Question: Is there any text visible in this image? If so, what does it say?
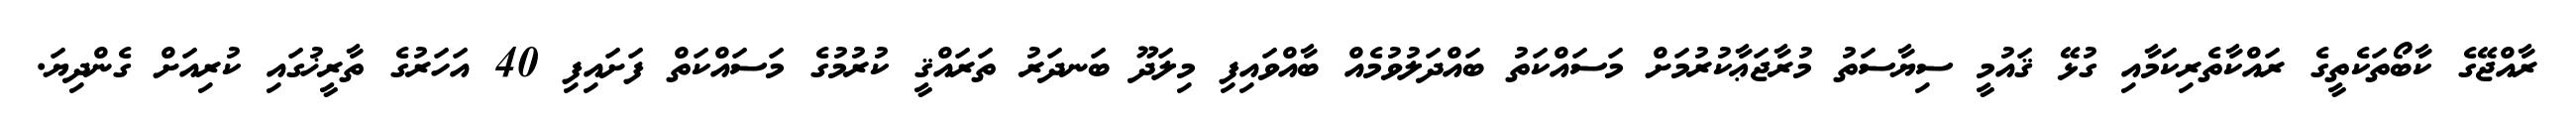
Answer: ރާއްޖޭގެ ކާބޯތަކެތީގެ ރައްކާތެރިކަމާއި ގުޅޭ ޤައުމީ ސިޔާސަތު މުރާޖަޢާކުރުމަށް މަސައްކަތު ބައްދަލުވުމެއް ބާއްވައިފި މިލަދޫ ބަނދަރު ތަރައްޤީ ކުރުމުގެ މަސައްކަތް ފަށައިފި 40 އަހަރުގެ ތާރީޚުގައި ކުރިއަށް ގެންދިޔަ.